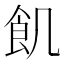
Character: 飢